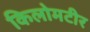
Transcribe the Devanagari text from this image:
किलोमटीर